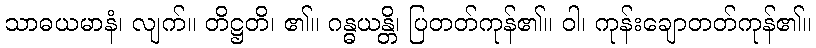
သာဓယမာနံ၊ လျက်။ တိဋ္ဌတိ၊ ၏။ ဂန္ဓယန္တိ၊ ပြတတ်ကုန်၏။ ဝါ၊ ကုန်းချောတတ်ကုန်၏။